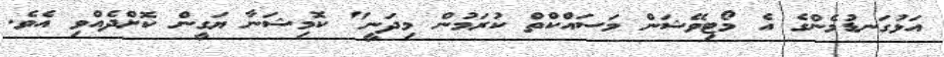
އަޅުގަނޑުމެންގެ އެ މޯޓިވޭޝަން މަސައްކްތް ކުރަމުން މިދަނީ" ކޮމިޝަނާ ޔަގީން ކޮށްދެއްވި އެވެ.